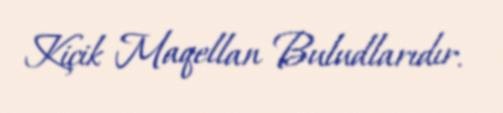
Kiçik Maqellan Buludlarıdır.